331_120752_Numeric_Files_1944–1945_37153_German_Armament_Equipment_Documents
Agency: Department of War
Incident date: 3/18/45
Incident location: Germany
Page 13
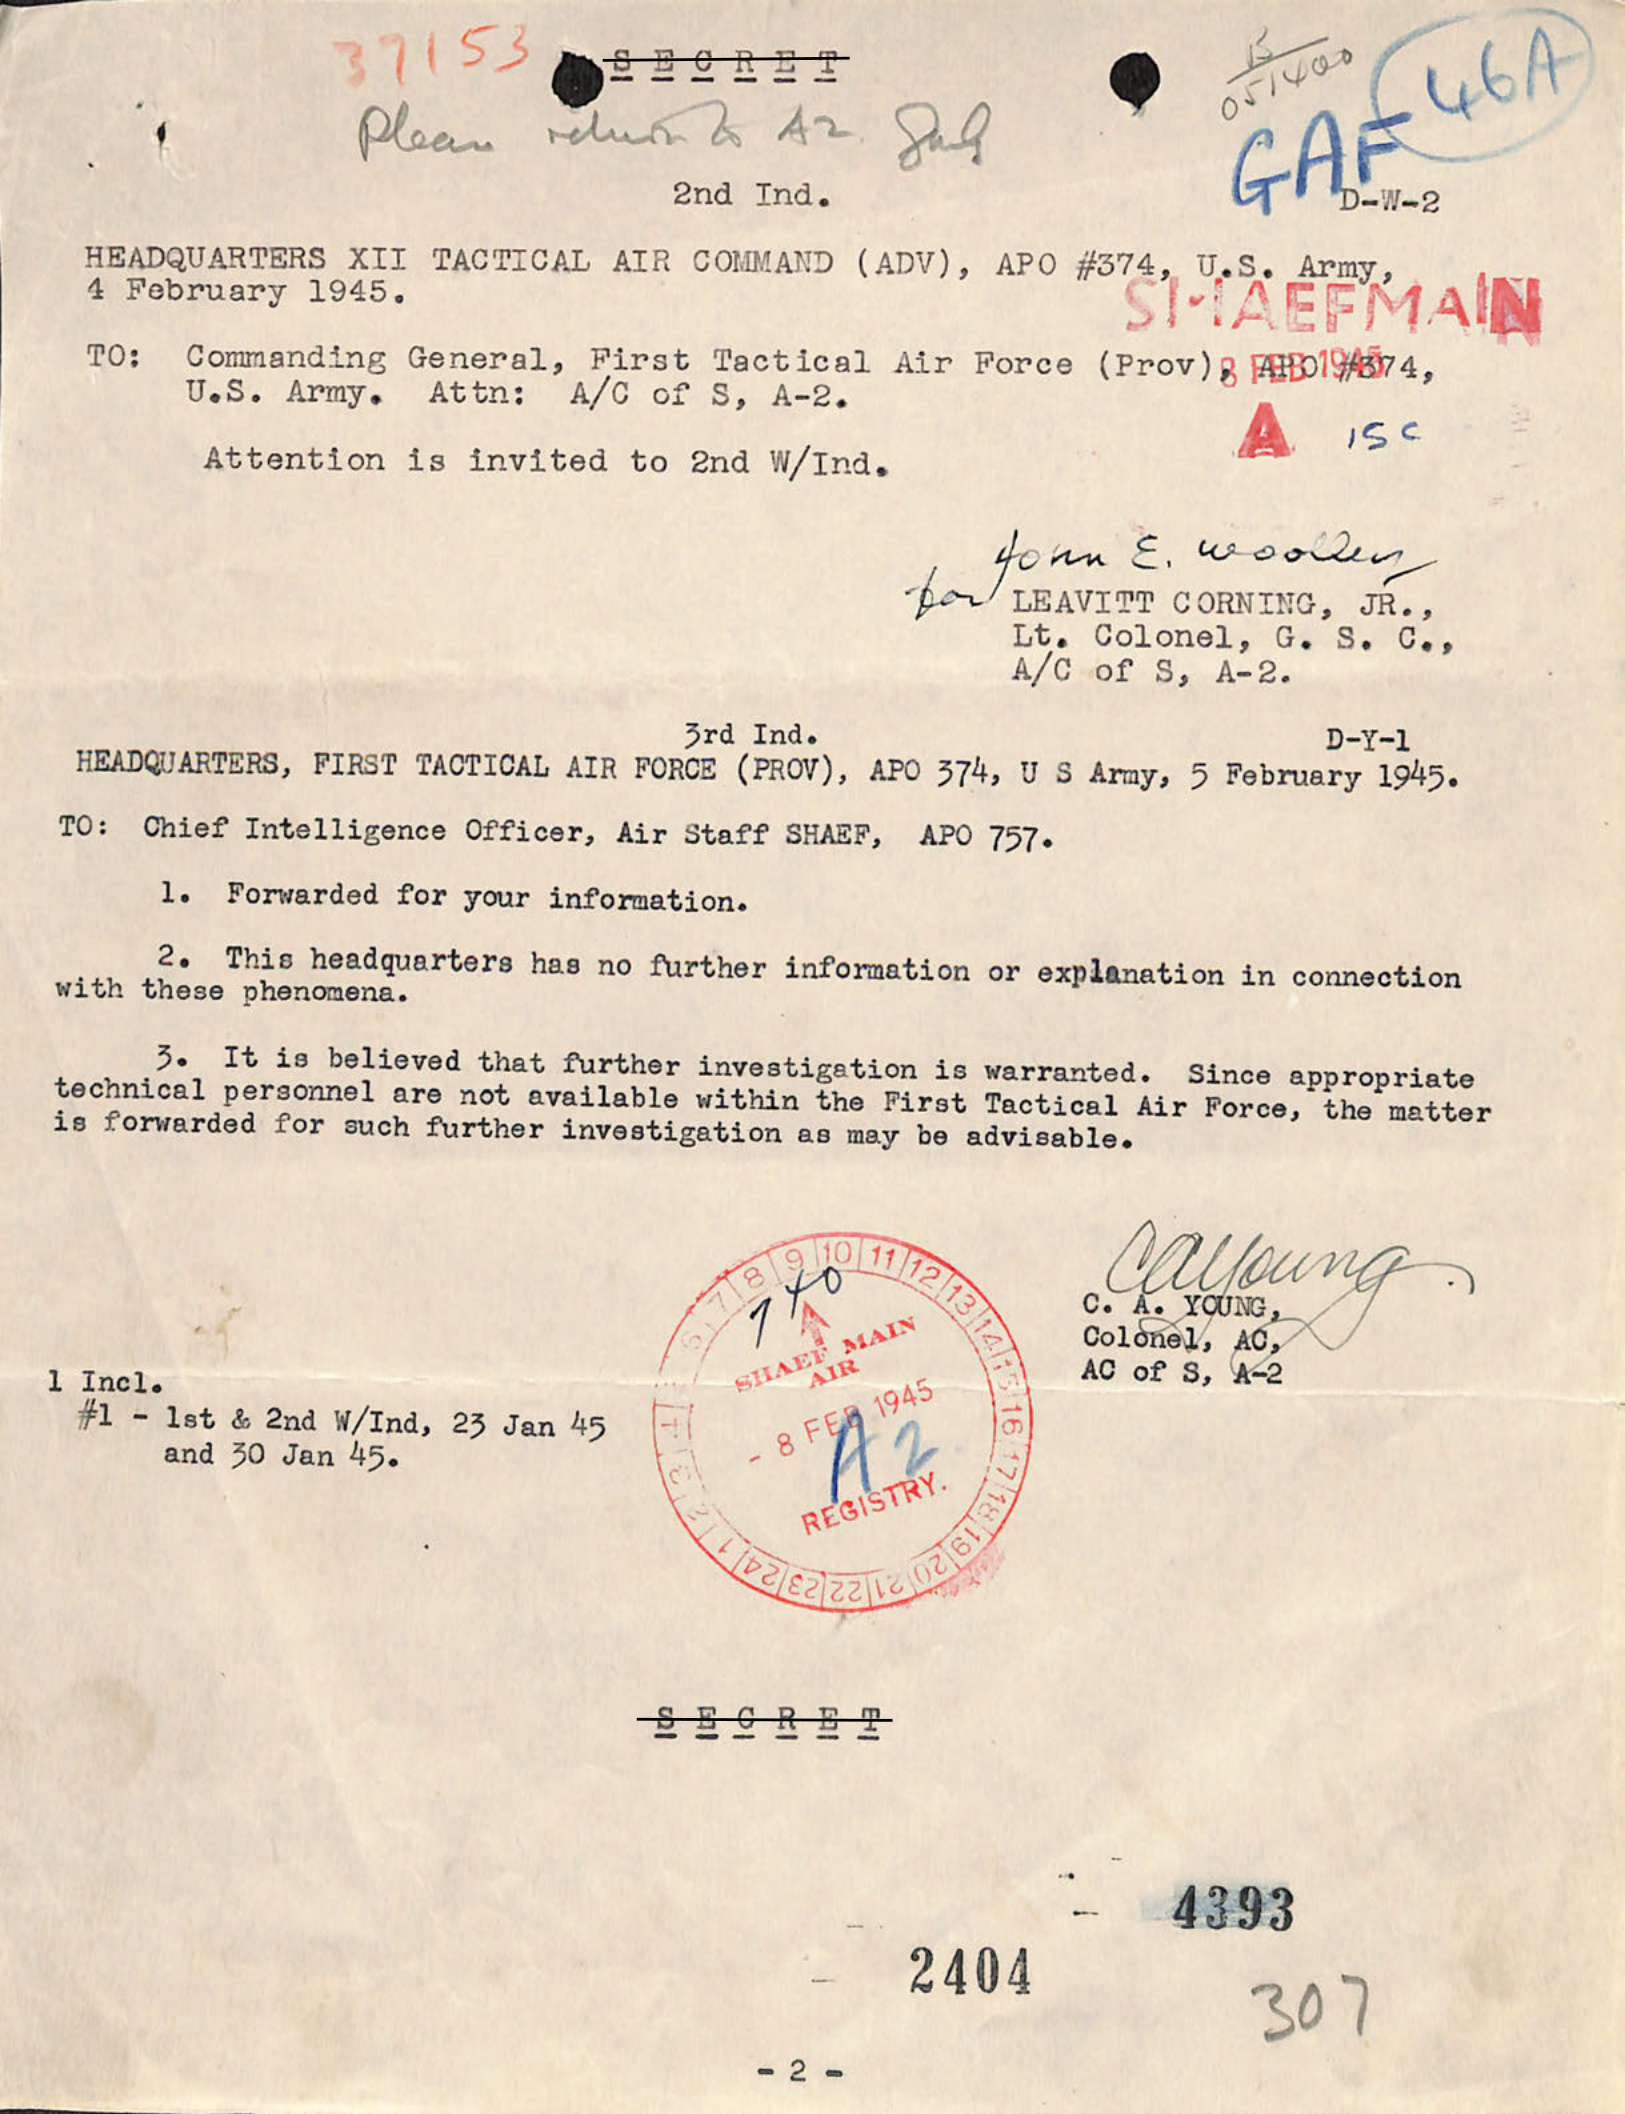